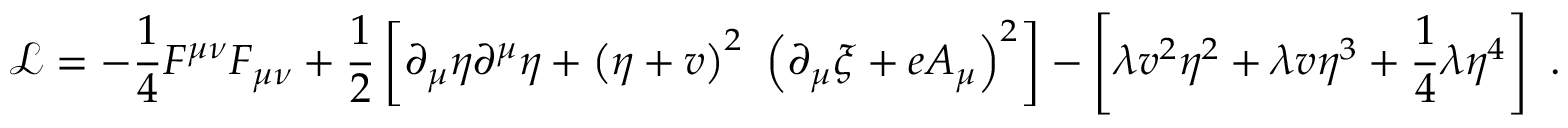
\ { \mathcal { L } } = - { \frac { 1 } { 4 } } F ^ { \mu \nu } F _ { \mu \nu } + { \frac { 1 } { 2 } } \left[ \partial _ { \mu } \eta \partial ^ { \mu } \eta + \left( \eta + v \right) ^ { 2 } \ \left( \partial _ { \mu } \xi + e A _ { \mu } \right) ^ { 2 } \right] - \left[ \lambda v ^ { 2 } \eta ^ { 2 } + \lambda v \eta ^ { 3 } + { \frac { 1 } { 4 } } \lambda \eta ^ { 4 } \right] ~ .